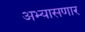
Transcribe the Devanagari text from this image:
अभ्यासणार